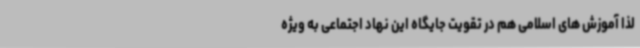
لذا آموزش های اسلامی هم در تقویت جایگاه این نهاد اجتماعی به ویژه